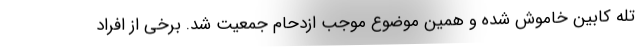
تله کابین خاموش شده و همین موضوع موجب ازدحام جمعیت شد. برخی از افراد